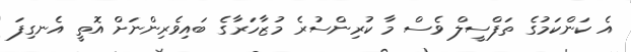
އެ ކަންކަމުގެ ތަފްސީލް ވެސް މާ ކުރިންސުރެ މުޒާހަރާގެ ބައިވެރިންނަށް އޮތީ އެނގިފަ